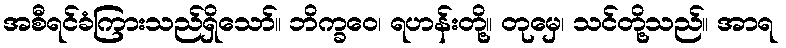
အစီရင်ခံကြားသည်ရှိသော်။ ဘိက္ခဝေ၊ ရဟန်းတို့။ တုမှေ၊ သင်တို့သည်။ အာရ